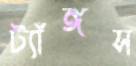
ট্যাঁঙ্গস